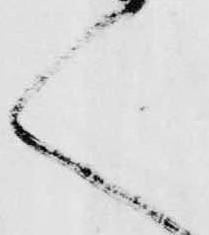
く